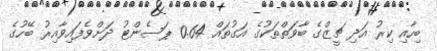
ބިހާއި ކިރު އަދި ޗީޒްގެ ބާވަތްތަކުގެ އަގުތައް 0.64 ޕަސެންޓު ދަށްވެފައިވާއިރު ބޭހުގެ